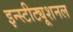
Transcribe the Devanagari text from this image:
इन्स्टीट्यूशनल